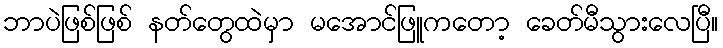
ဘာပဲဖြစ်ဖြစ် နတ်တွေထဲမှာ မအောင်ဖြူကတော့ ခေတ်မီသွားလေပြီ။